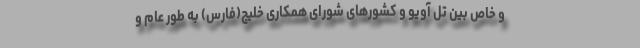
و خاص بین تل آویو و کشورهای شورای همکاری خلیج(فارس) به طور عام و